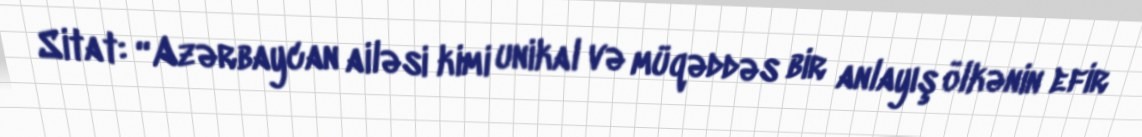
Sitat: “Azərbaycan ailəsi kimi unikal və müqəddəs bir anlayış ölkənin efir